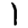
Digit: 1